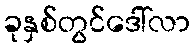
ခုနှစ်တွင်ဒေါ်လာ